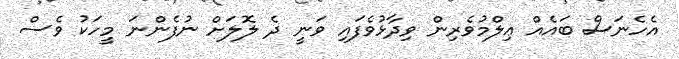
އެހެނަސް ބައެއް ޢިލްމުވެރިން ވިދާޅުވެފައި ވަނީ ދެ ލޮލަށް ނުފެންނަ މީހަކު ވެސް